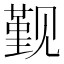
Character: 觐